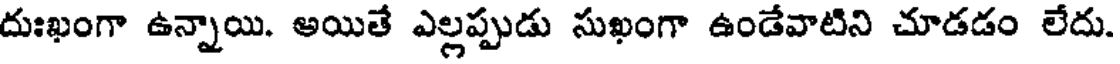
దుఃఖంగా ఉన్నాయి. అయితే ఎల్లప్పుడు సుఖంగా ఉండేవాటిని చూడడం లేదు.